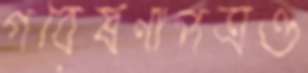
গবেষণাপত্রও